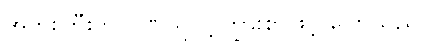
အဘိုးကြီးက ဂုဏ်ယူဝင့်ကြွားစွာဖြင့် ပြောသည်။